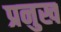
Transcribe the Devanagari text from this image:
प्रनुख